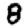
Digit: 8